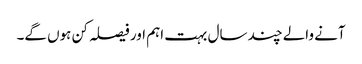
آنے والے چند سال بہت اہم اور فیصلہ کن ہوں گے۔